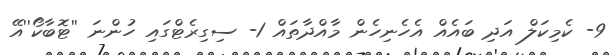
9- ކެމިކަލް އަދި ބައެއް އެހެނިހެން މާއްދާތައް 1- ސިގިރެޓްގައި ހުންނަ ''ޓޮބާކޯ''އޭ